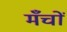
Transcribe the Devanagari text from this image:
मँचों